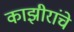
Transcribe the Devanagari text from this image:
काझीरांचे